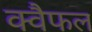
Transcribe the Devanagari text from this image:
क्वैफल